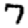
Digit: 7